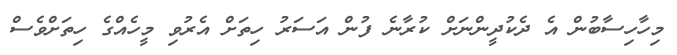
މިހާހިސާބުން އެ ދެކުދީންނަށް ކުރާނެ ފުން އަސަރު ހިތަށް އެރުވި މީހެއްގެ ހިތަށްވެސް